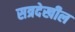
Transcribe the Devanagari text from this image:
सत्रदेखील